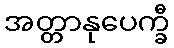
အတ္တာနုပေက္ခီ